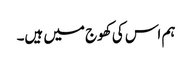
ہم اس کی کھوج میں ہیں۔